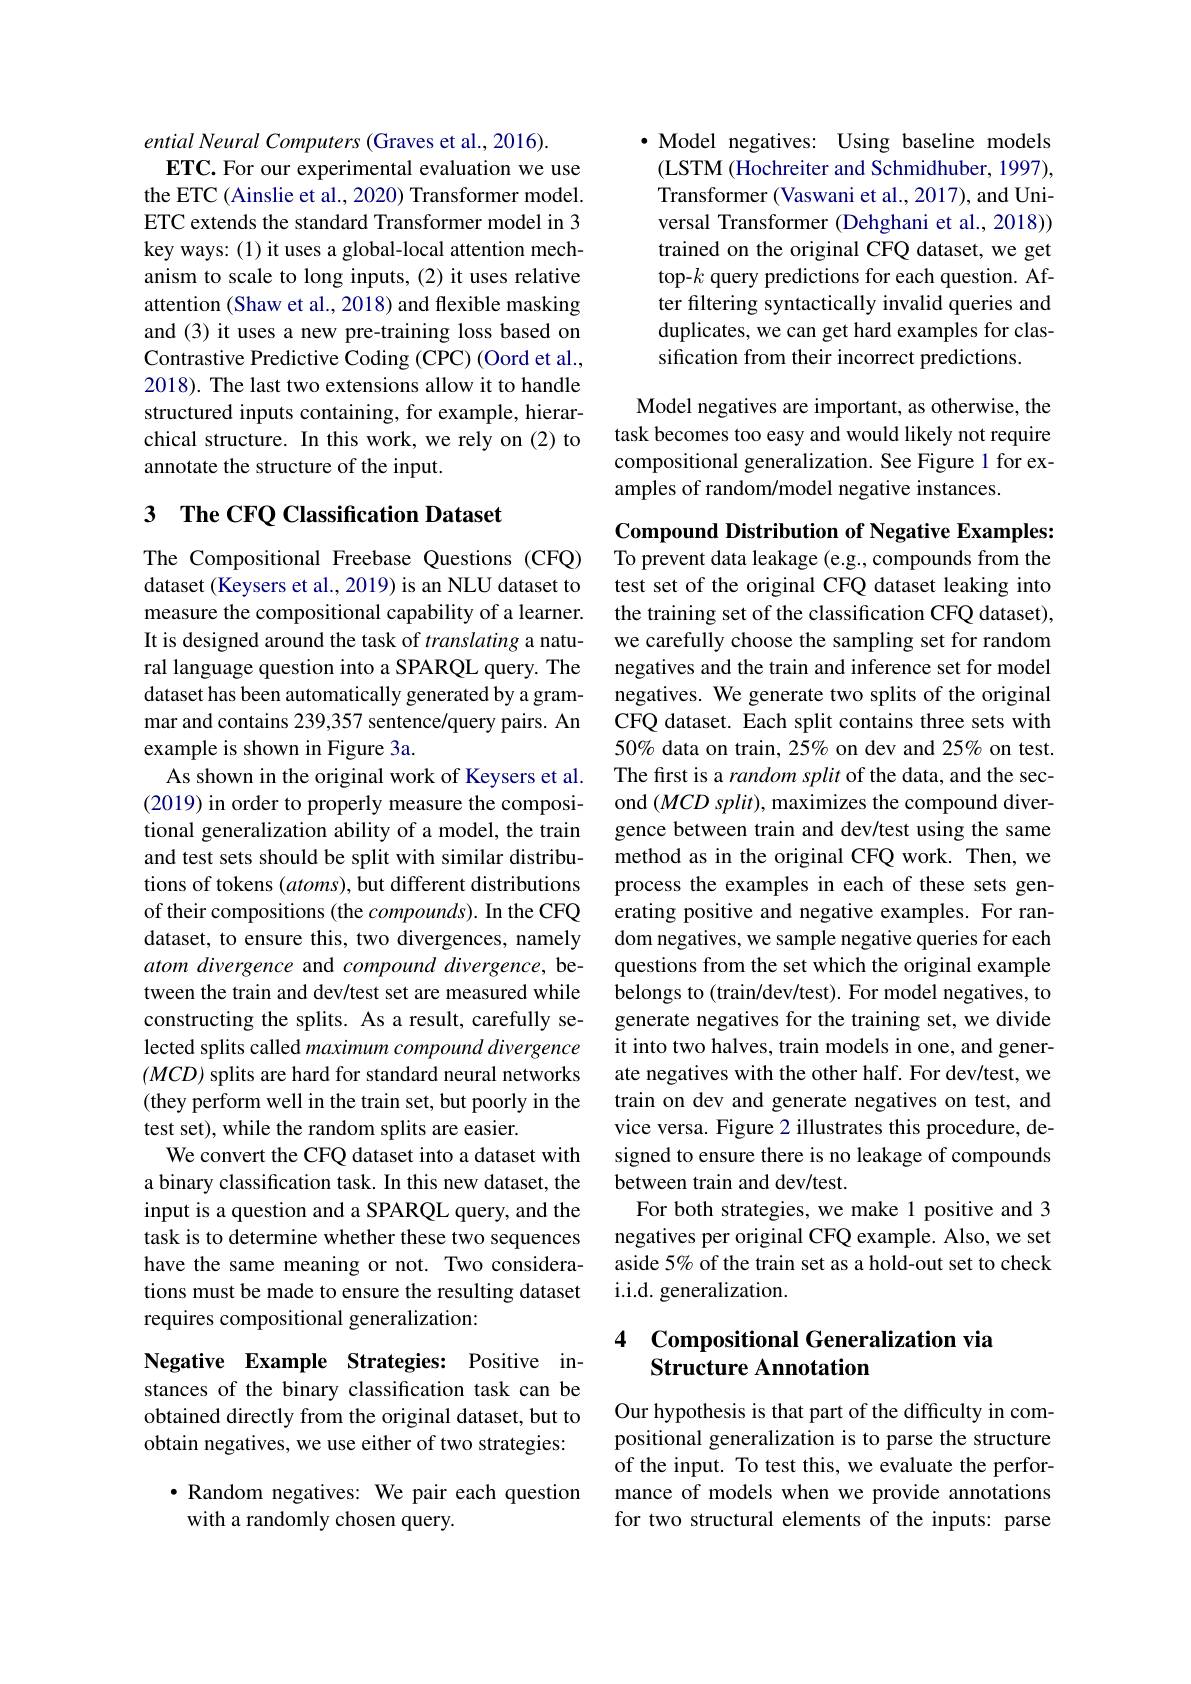
ential Neural Computers (Graves et al., 2016).
ETC. For our experimental evaluation we use the ETC (Ainslie et al., 2020) Transformer model. ETC extends the standard Transformer model in 3 key ways: (1) it uses a global-local attention mechanism to scale to long inputs, (2) it uses relative attention (Shaw et al., 2018) and flexible masking and (3) it uses a new pre-training loss based on Contrastive Predictive Coding (CPC) (Oord et al., 2018). The last two extensions allow it to handle structured inputs containing, for example, hierarchical structure. In this work, we rely on (2) to annotate the structure of the input.

## 3 The CFQ Classification Dataset

The Compositional Freebase Questions (CFQ) dataset (Keysers et al., 2019) is an NLU dataset to measure the compositional capability of a learner. It is designed around the task of translating a natural language question into a SPARQL query. The dataset has been automatically generated by a grammar and contains 239,357 sentence/query pairs. An example is shown in Figure 3a.
As shown in the original work of Keysers et al. (2019) in order to properly measure the compositional generalization ability of a model, the train and test sets should be split with similar distributions of tokens $(atoms)$, but different distributions of their compositions (the compounds). In the CFQ dataset, to ensure this, two divergences, namely atom divergence and compound divergence, between the train and dev/test set are measured while constructing the splits. As a result, carefully selected splits called maximum compound divergence $(MCD)$ splits are hard for standard neural networks (they perform well in the train set, but poorly in the test set), while the random splits are easier.
We convert the CFQ dataset into a dataset with a binary classification task. In this new dataset, the input is a question and a SPARQL query, and the task is to determine whether these two sequences have the same meaning or not. Two considerations must be made to ensure the resulting dataset requires compositional generalization:

Negative Example Strategies: Positive instances of the binary classification task can be obtained directly from the original dataset, but to obtain negatives, we use either of two strategies:

$\bullet$ Random negatives: We pair each question
with a randomly chosen query.

$\bullet$ Model negatives: Using baseline models (LSTM (Hochreiter and Schmidhuber, 1997), Transformer (Vaswani et al., 2017), and Universal Transformer (Dehghani et al., 2018)) trained on the original CFQ dataset, we get top-$k$ query predictions for each question. After filtering syntactically invalid queries and duplicates, we can get hard examples for classification from their incorrect predictions.

Model negatives are important, as otherwise, the task becomes too easy and would likely not require compositional generalization. See Figure 1 for examples of random/model negative instances.

Compound Distribution of Negative Examples: To prevent data leakage (e.g., compounds from the test set of the original CFQ dataset leaking into the training set of the classification CFQ dataset), we carefully choose the sampling set for random negatives and the train and inference set for model negatives. We generate two splits of the original CFQ dataset. Each split contains three sets with 50% data on train, 25% on dev and 25% on test. The first is a random split of the data, and the second $(MCD$ split), maximizes the compound divergence between train and dev/test using the same method as in the original CFQ work. Then, we process the examples in each of these sets generating positive and negative examples. For random negatives, we sample negative queries for each questions from the set which the original example belongs to (train/dev/test). For model negatives, to generate negatives for the training set, we divide it into two halves, train models in one, and generate negatives with the other half. For dev/test, we train on dev and generate negatives on test, and vice versa. Figure 2 illustrates this procedure, designed to ensure there is no leakage of compounds between train and dev/test.
For both strategies, we make 1 positive and 3 negatives per original CFQ example. Also, we set aside 5% of the train set as a hold-out set to check i.i.d. generalization.

### 4 Compositional Generalization via Structure Annotation

Our hypothesis is that part of the difficulty in compositional generalization is to parse the structure of the input. To test this, we evaluate the performance of models when we provide annotations for two structural elements of the inputs: parse